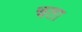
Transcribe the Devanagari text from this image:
चता